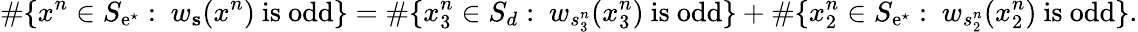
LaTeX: \# \{ x^{n}\in S_{\mathrm{e}^{\star}}:\ w_{\mathbf{s}}(x^{n})\mathrm{~is~odd}\} =\# \{ x_{3}^{n}\in S_{d}:\ w_{s_{3}^{n}}(x_{3}^{n})\mathrm{~is~odd}\} +\# \{ x_{2}^{n}\in S_{\mathrm{e}^{\star}}:\ w_{s_{2}^{n}}(x_{2}^{n})\mathrm{~is~odd}\} .